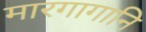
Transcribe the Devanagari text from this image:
मारगागानि